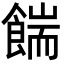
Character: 𩜵